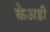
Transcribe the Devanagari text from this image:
केअडी